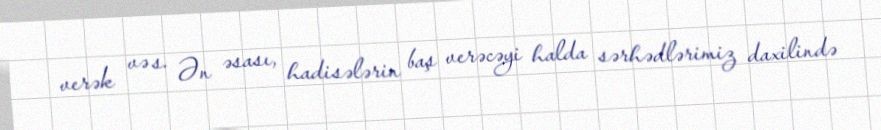
verək və s. Ən əsası, hadisələrin baş verəcəyi halda sərhədlərimiz daxilində